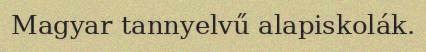
Magyar tannyelvű alapiskolák.